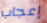
إعجاب